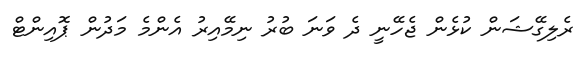
ރެލިގޭޝަން ކުޅެން ޖެހޭނީ ދެ ވަނަ ބުރު ނިމޭއިރު އެންމެ މަދުން ޕޮއިންޓް